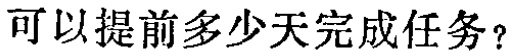
可以提前多少天完成任务？